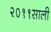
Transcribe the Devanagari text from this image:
२०११साली